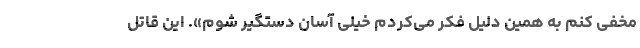
مخفی کنم به همین دلیل فکر می‌کردم خیلی آسان دستگیر شوم». این قاتل